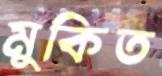
মুকিত